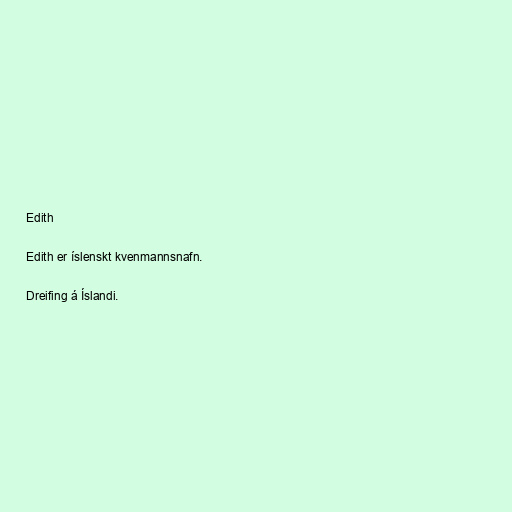
Edith

Edith er íslenskt kvenmannsnafn.

Dreifing á Íslandi.